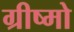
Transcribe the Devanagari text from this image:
ग्रीष्मो